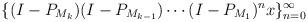
LaTeX: \begin{align*} \{(I-P_{M_k})(I-P_{M_{k-1}})\cdots(I-P_{M_{1}})^{n}x\}_{n=0}^\infty \end{align*}